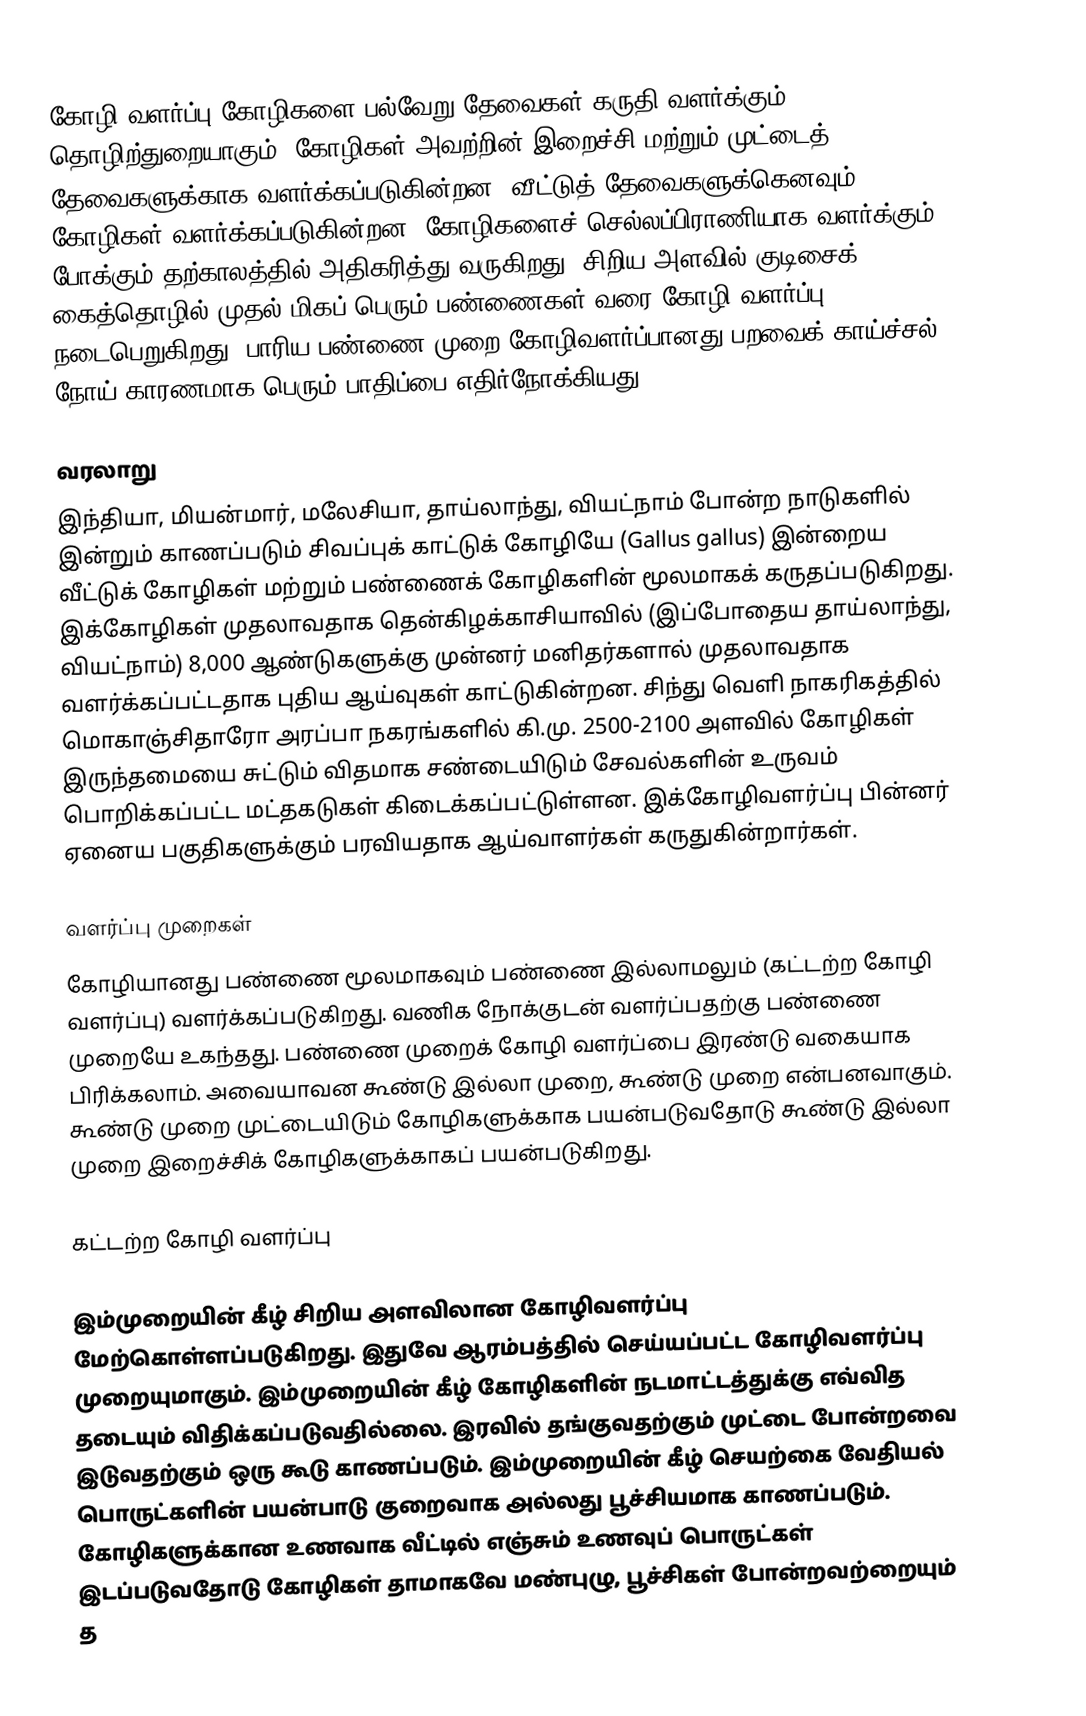
கோழி வளர்ப்பு கோழிகளை பல்வேறு தேவைகள் கருதி வளர்க்கும் தொழிற்துறையாகும். கோழிகள் அவற்றின் இறைச்சி மற்றும் முட்டைத் தேவைகளுக்காக வளர்க்கப்படுகின்றன. வீட்டுத் தேவைகளுக்கெனவும் கோழிகள் வளர்க்கப்படுகின்றன. கோழிகளைச் செல்லப்பிராணியாக வளர்க்கும் போக்கும் தற்காலத்தில் அதிகரித்து வருகிறது. சிறிய அளவில் குடிசைக் கைத்தொழில் முதல் மிகப் பெரும் பண்ணைகள் வரை கோழி வளர்ப்பு நடைபெறுகிறது. பாரிய பண்ணை முறை கோழிவளர்ப்பானது பறவைக் காய்ச்சல் நோய் காரணமாக பெரும் பாதிப்பை எதிர்நோக்கியது.

வரலாறு
இந்தியா, மியன்மார், மலேசியா, தாய்லாந்து, வியட்நாம் போன்ற நாடுகளில் இன்றும் காணப்படும் சிவப்புக் காட்டுக் கோழியே (Gallus gallus) இன்றைய வீட்டுக் கோழிகள் மற்றும் பண்ணைக் கோழிகளின் மூலமாகக் கருதப்படுகிறது. இக்கோழிகள் முதலாவதாக தென்கிழக்காசியாவில் (இப்போதைய தாய்லாந்து, வியட்நாம்) 8,000 ஆண்டுகளுக்கு முன்னர் மனிதர்களால் முதலாவதாக வளர்க்கப்பட்டதாக புதிய ஆய்வுகள் காட்டுகின்றன. சிந்து வெளி நாகரிகத்தில் மொகாஞ்சிதாரோ அரப்பா நகரங்களில் கி.மு. 2500-2100 அளவில் கோழிகள் இருந்தமையை சுட்டும் விதமாக சண்டையிடும் சேவல்களின் உருவம் பொறிக்கப்பட்ட மட்தகடுகள் கிடைக்கப்பட்டுள்ளன. இக்கோழிவளர்ப்பு பின்னர் ஏனைய பகுதிகளுக்கும் பரவியதாக ஆய்வாளர்கள் கருதுகின்றார்கள்.

வளர்ப்பு முறைகள்
கோழியானது பண்ணை மூலமாகவும் பண்ணை இல்லாமலும் (கட்டற்ற கோழி வளர்ப்பு) வளர்க்கப்படுகிறது. வணிக நோக்குடன் வளர்ப்பதற்கு பண்ணை முறையே உகந்தது. பண்ணை முறைக் கோழி வளர்ப்பை இரண்டு வகையாக பிரிக்கலாம். அவையாவன கூண்டு இல்லா முறை, கூண்டு முறை என்பனவாகும். கூண்டு முறை முட்டையிடும் கோழிகளுக்காக பயன்படுவதோடு கூண்டு இல்லா முறை இறைச்சிக் கோழிகளுக்காகப் பயன்படுகிறது.

கட்டற்ற கோழி வளர்ப்பு

இம்முறையின் கீழ் சிறிய அளவிலான கோழிவளர்ப்பு மேற்கொள்ளப்படுகிறது. இதுவே ஆரம்பத்தில் செய்யப்பட்ட கோழிவளர்ப்பு முறையுமாகும். இம்முறையின் கீழ் கோழிகளின் நடமாட்டத்துக்கு எவ்வித தடையும் விதிக்கப்படுவதில்லை. இரவில் தங்குவதற்கும் முட்டை போன்றவை இடுவதற்கும் ஒரு கூடு காணப்படும். இம்முறையின் கீழ் செயற்கை வேதியல் பொருட்களின் பயன்பாடு குறைவாக அல்லது பூச்சியமாக காணப்படும்.  கோழிகளுக்கான உணவாக வீட்டில் எஞ்சும் உணவுப் பொருட்கள் இடப்படுவதோடு கோழிகள் தாமாகவே மண்புழு, பூச்சிகள் போன்றவற்றையும் த